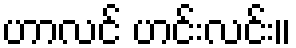
ဟာလင် ဟင်းလင်း။